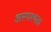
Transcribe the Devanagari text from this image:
अस्पश्यता